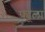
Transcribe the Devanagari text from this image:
फ्यूला